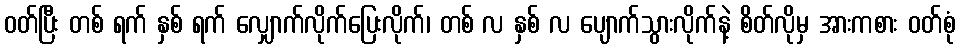
ဝတ်ပြီး တစ် ရက် နှစ် ရက် လျှောက်လိုက်ပြေးလိုက်၊ တစ် လ နှစ် လ ပျောက်သွားလိုက်နဲ့ စိတ်လိုမှ အားကစား ဝတ်စုံ